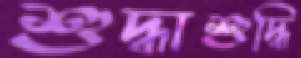
শুদ্ধাশুদ্ধি